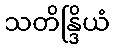
သတိန္ဒြိယံ